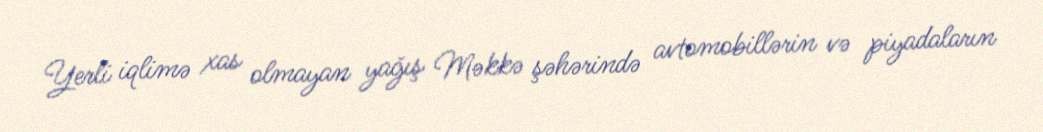
Yerli iqlimə xas olmayan yağış Məkkə şəhərində avtomobillərin və piyadaların